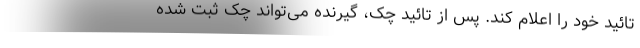
تائید خود را اعلام کند. پس از تائید چک، گیرنده می‌تواند چک ثبت شده